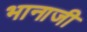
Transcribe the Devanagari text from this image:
भानाजी